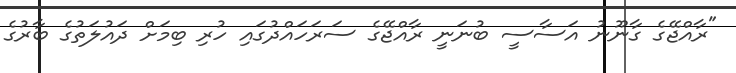
"ރާއްޖޭގެ ގާނޫނު އަސާސީ ބުނަނީ ރާއްޖޭގެ ސަރަހައްދުގައި ހުރި ބިމަށް ދައުލަތުގެ ބާރުގެ